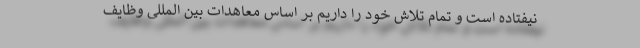
نیفتاده است و تمام تلاش خود را داریم بر اساس معاهدات بین المللی وظایف